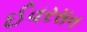
ઈવરસન